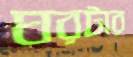
ঘরটার